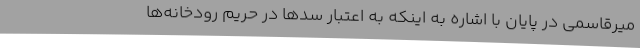
میرقاسمی در پایان با اشاره به اینکه به اعتبار سدها در حریم رودخانه‌ها